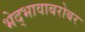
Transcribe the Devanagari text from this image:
भेद्भावाबरोबर